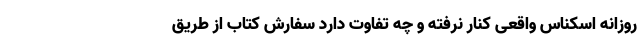
روزانه اسکناس واقعی کنار نرفته و چه تفاوت دارد سفارش کتاب از طریق